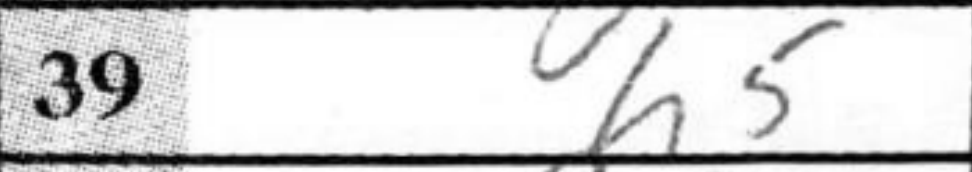
Transcription: h5